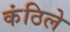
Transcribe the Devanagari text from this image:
कंठिले